65_HS1-834228961_62-HQ-83894_Section_8
Agency: FBI
Page 119
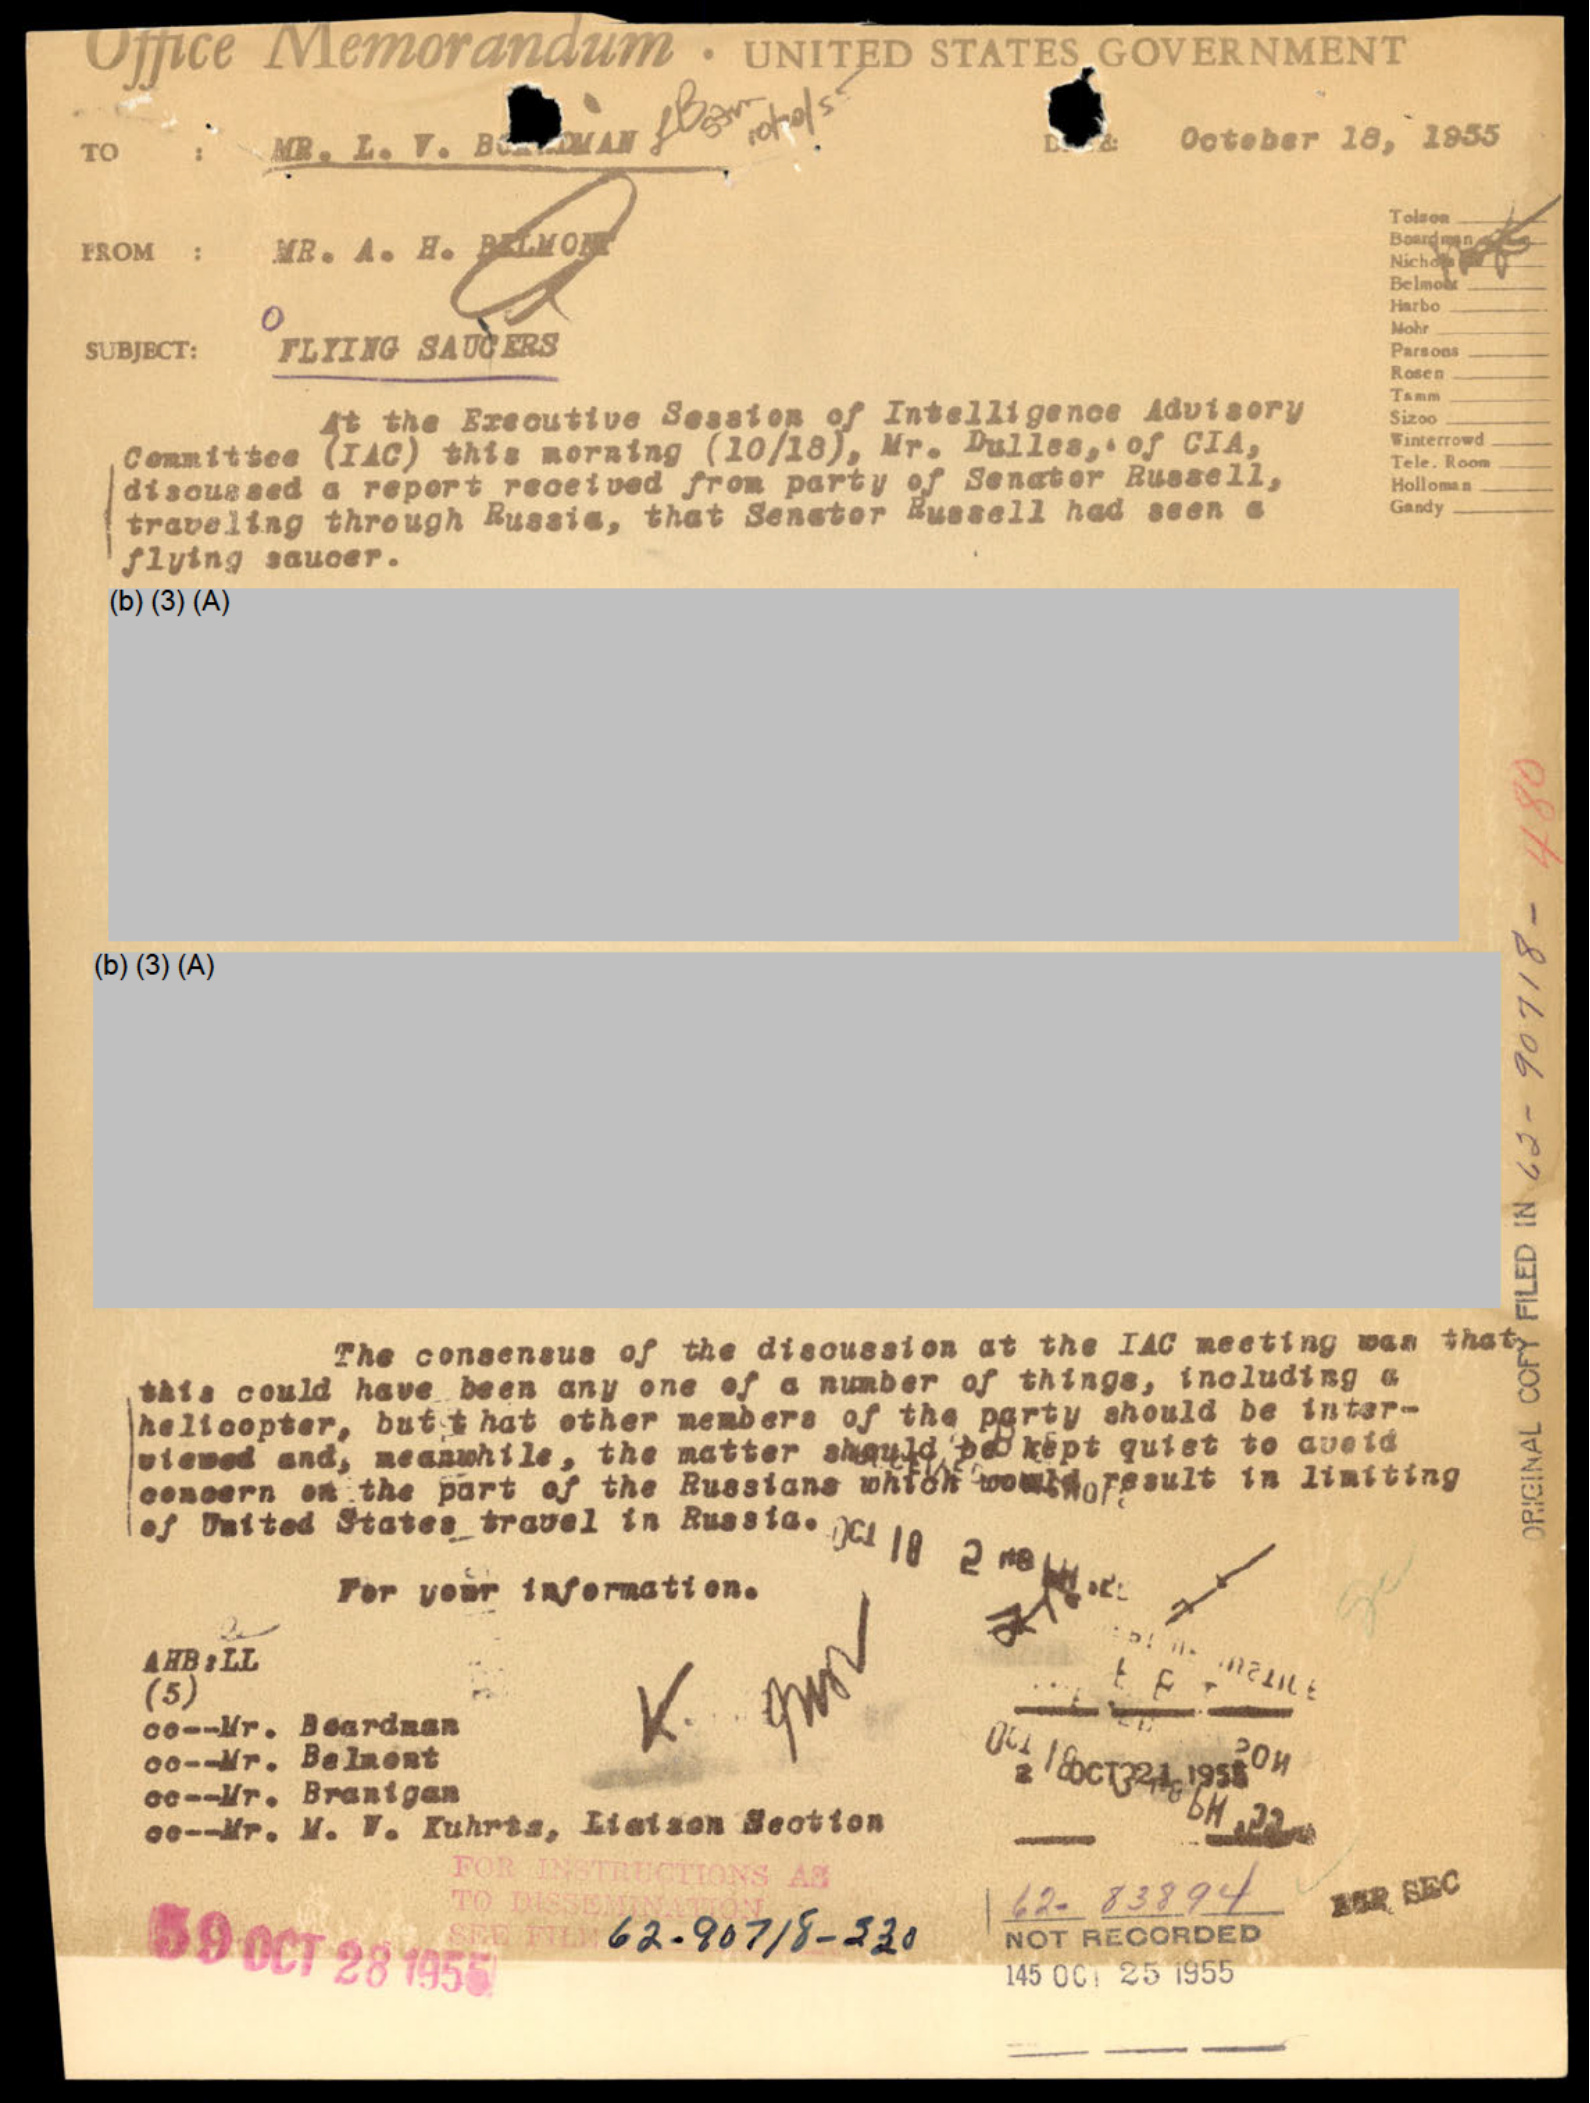